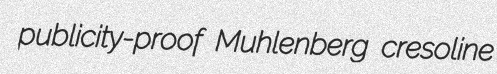
publicity-proof Muhlenberg cresoline